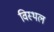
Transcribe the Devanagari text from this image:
विस्थल